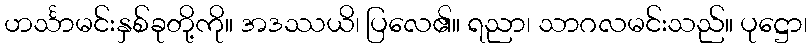
ဟင်္သာမင်းနှစ်ခုတို့ကို။ အဒဿယိ၊ ပြလေ၏။ ရညာ၊ သာဂလမင်းသည်။ ပုဋ္ဌော၊